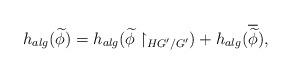
LaTeX: \begin{align*}h_{alg}(\widetilde{\phi})=h_{alg}(\widetilde{\phi}\upharpoonright_{HG'/G'})+h_{alg}(\overline{\widetilde{\phi}}),\end{align*}